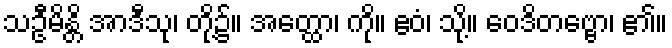
သဦမိန္တိ အာဒီသု၊ တို့၌။ အတ္ထော၊ ကို။ ဧဝံ၊ သို့။ ဝေဒိတဗ္ဗော၊ ၏။